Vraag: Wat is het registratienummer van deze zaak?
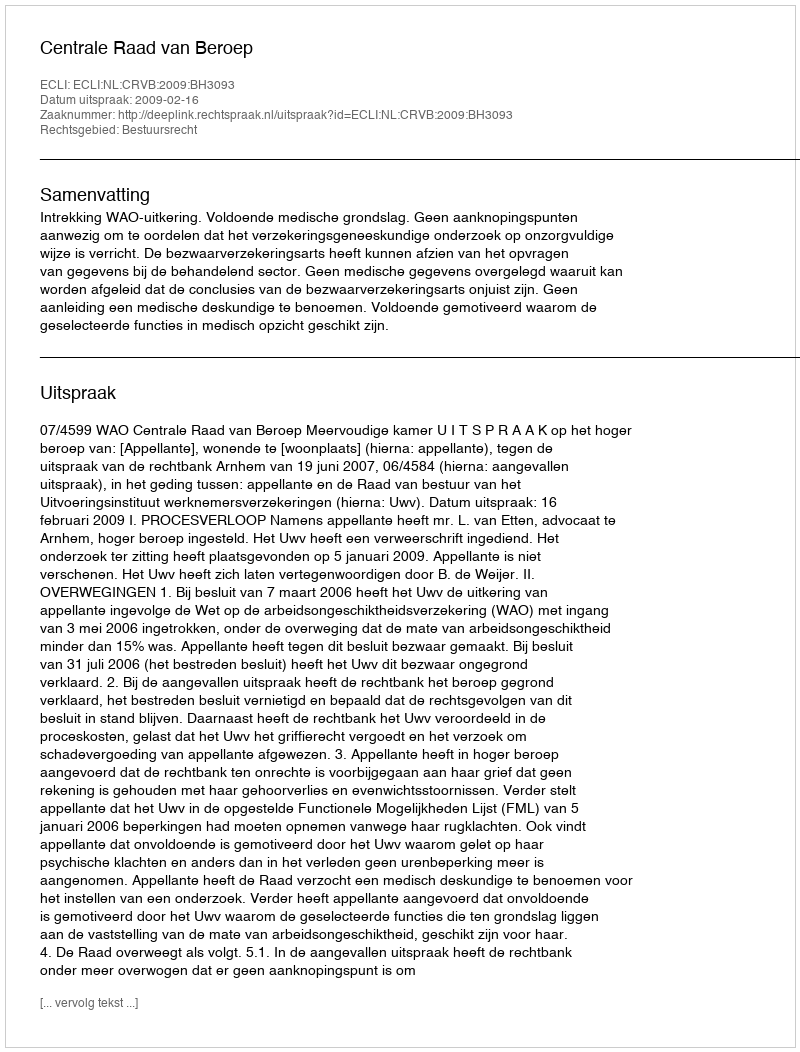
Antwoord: http://deeplink.rechtspraak.nl/uitspraak?id=ECLI:NL:CRVB:2009:BH3093